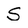
Character: s